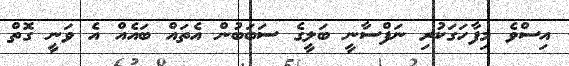
އިސްވެ މިފާހަގަކުރި ނަފްސާނީ ބަލީގެ ސަބަބުން އެތައް ބައެއް އެ ވަނީ ގޮތް